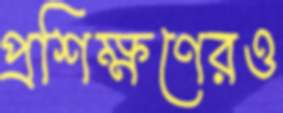
প্রশিক্ষণেরও